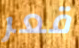
قعر